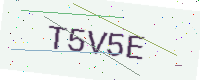
Text: T5V5E